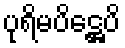
ပုရိမပိဋ္ဌေပိ